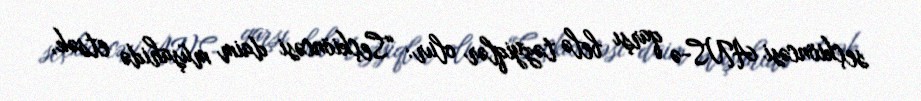
seçkiöncəsi ANS-ə qarşı belə təzyiqlər olur: “Seçkiöncəsi daim müşahidə etsək,